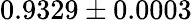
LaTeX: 0.9329\pm 0.0003